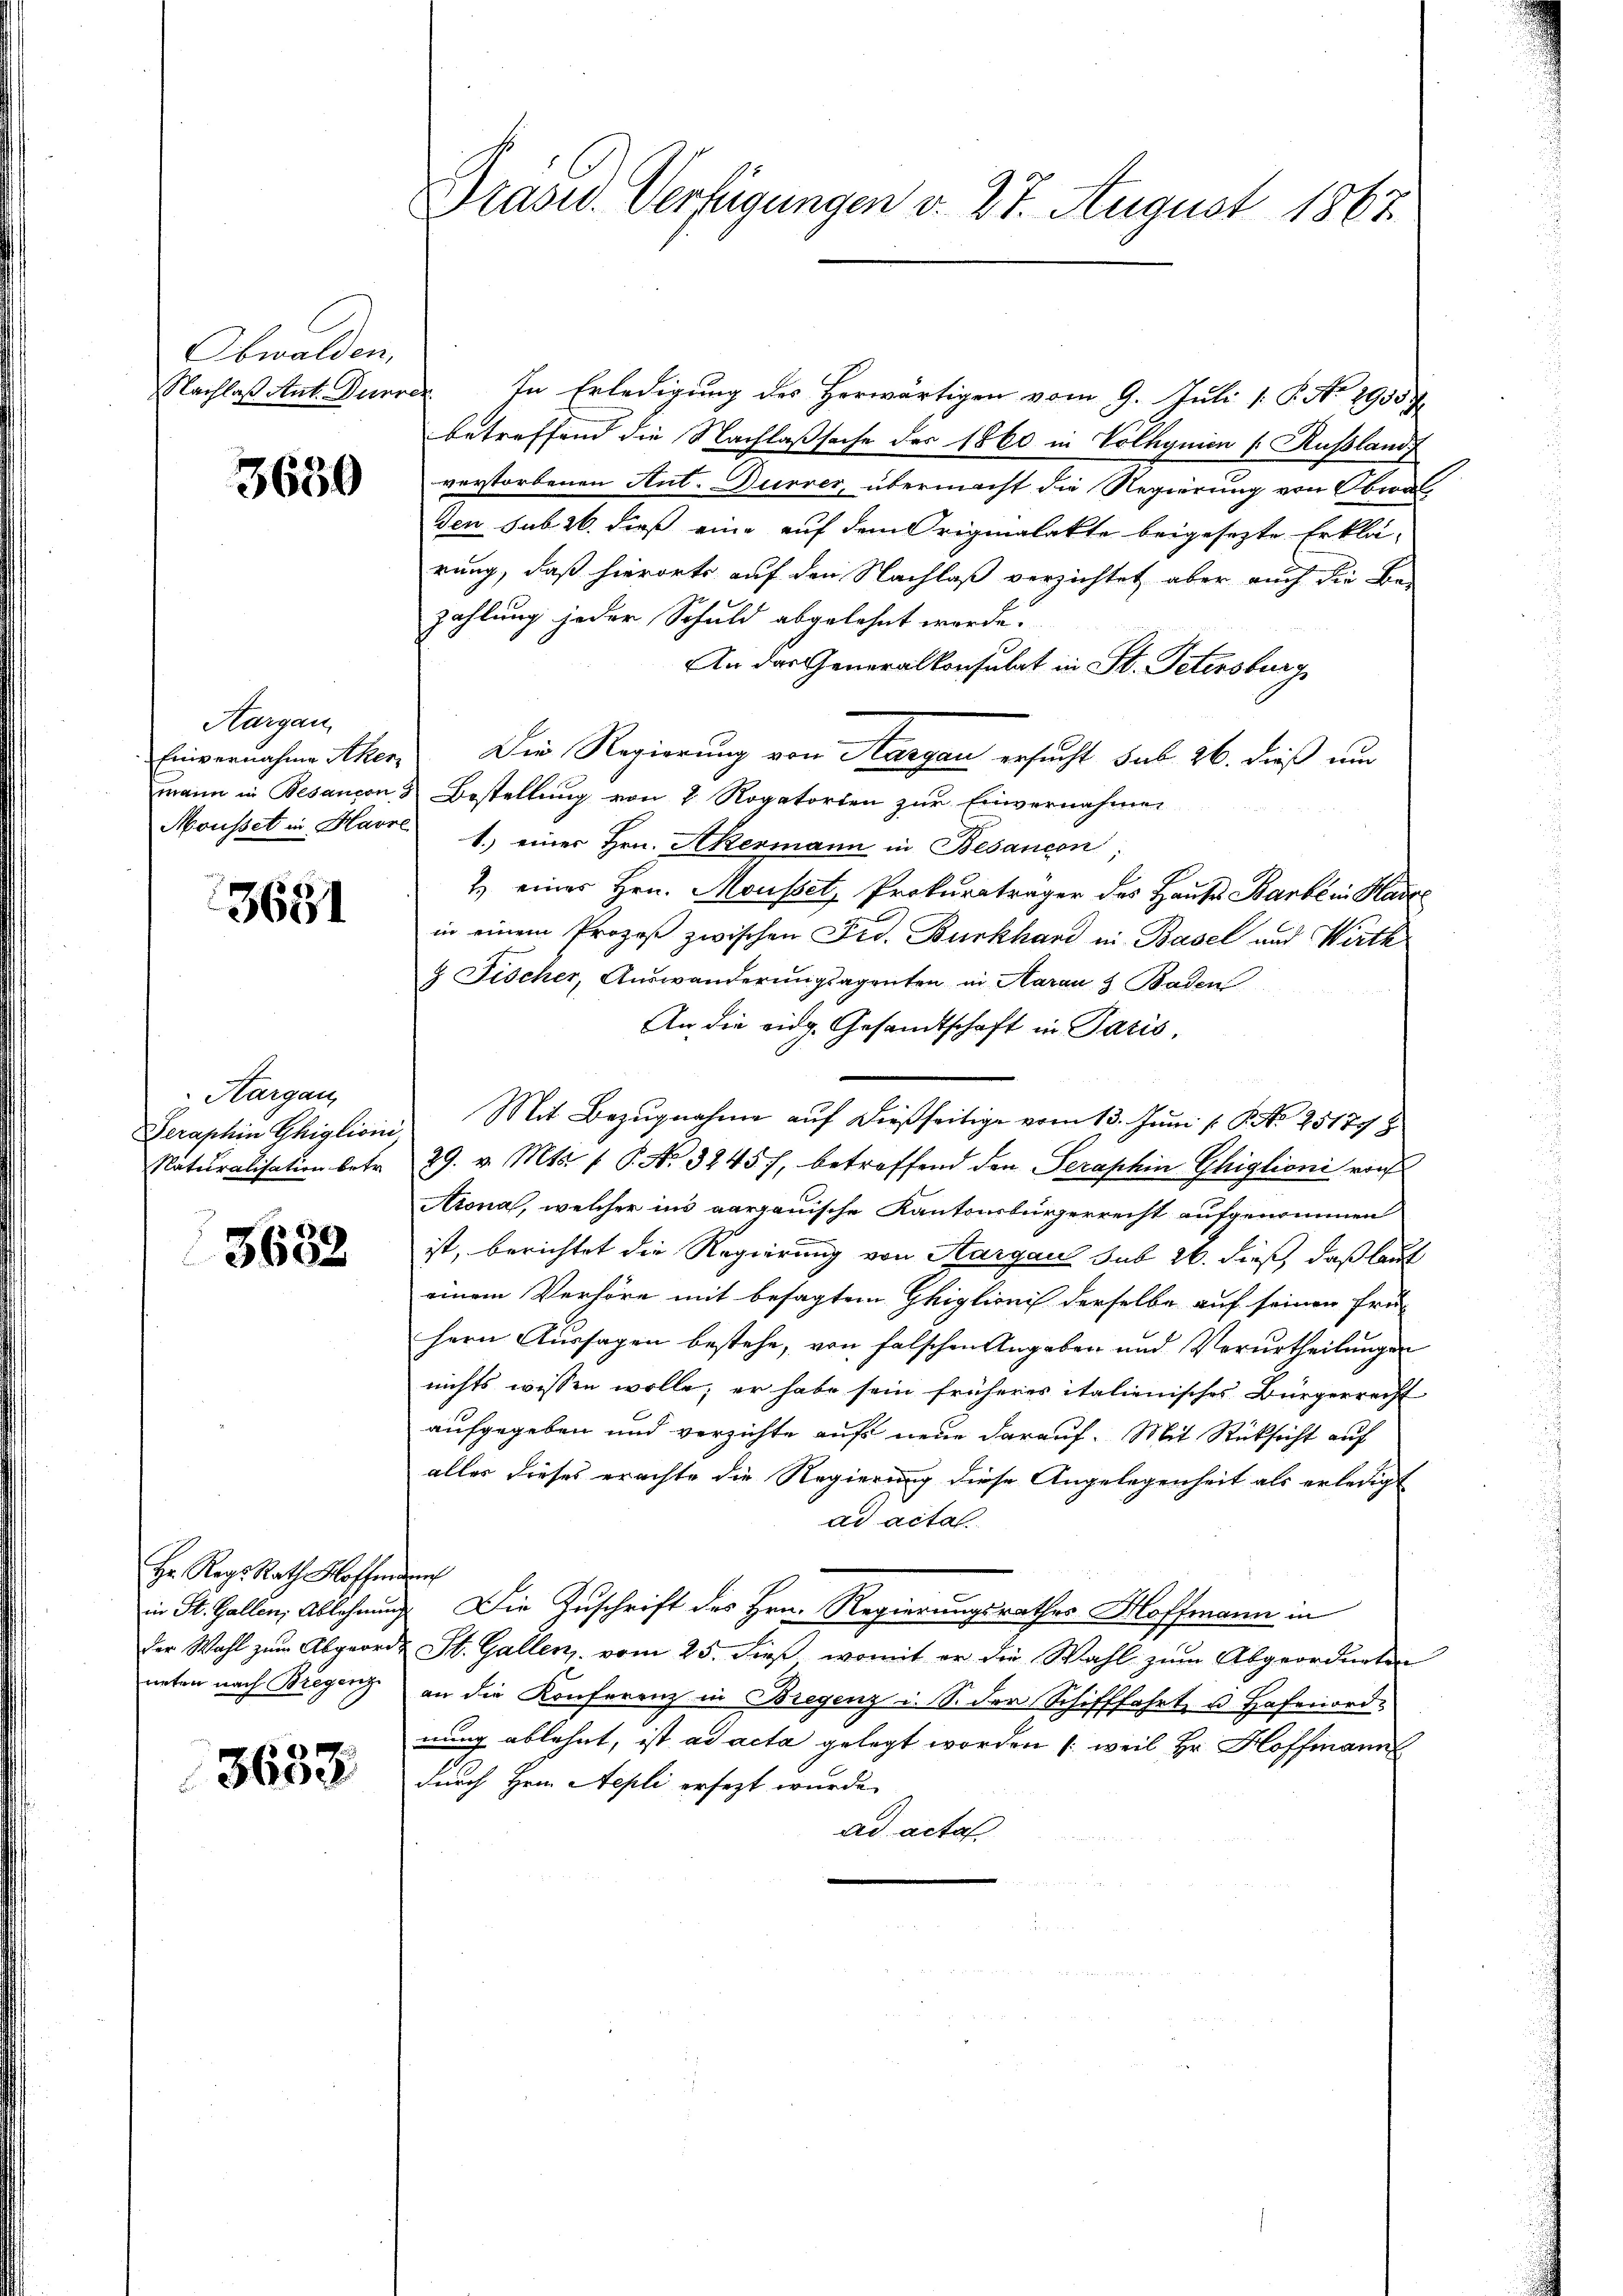
Obwalden,

3650

Hargau,
Einvernahme Aner
mann in Besançon

3681

Hargau,
Seraphen Ghiglioni
Naturalisation betr.

3682

Hr. Rags Rath Koffen
in St. Gallen, Ablehnung
der Wahl zum Abgeordneten nach Bregenz

3653

Brasw. Verfügungen v. 27. August 1867.

Nachlaß Ant. Durrer In Erledigung des Herwärtigen vom 9. Juli 1 S. No 1903 J.
betreffend die Nachlaßsache der 1860 in Volhynien s. Rußland,
verstorbenen Ant. Durrer, übermacht die Regierung von Obwalven sub 26. dieß eine auf dem Originalakte beigesezte Erklärung, daß hierorts auf den Nachlaß verzichtet, aber auch die Bezahlung jeder Schuld abgelehnt werde.
An das Generalkonsulat in St. Petersburg
Die Regierung von Aargau ersucht sub 26. dieß um
Bestellung von 2 Rogatorten zur Einvernahmen
Mousset in Havre 1.) einer Hrn. Akermann in Besancon
2. eines Hrn. Mousset, Prokuraträger des Hause Barbe in Hase
in einem Prozeß zwischen Fed. Burkhard in Basel und Wirth
& Fischer, Auswanderungsagenten in Aarau & Baden
An die eidg. Gesandtschaft in Paris,
Mit Bezŭgnahme aŭf dießseitige vom 13. Juni l. P. Nr. 25179
29. v. Mts. 1 P. Nr. 32457, betreffend den Serashin Ghiglioni von
Arona, welcher ins aargauische Kantonsbürgerrecht aufgenommen
ist, berichtet die Regierung von Aargaus sub 26. dieß, daß lauf
einem Verhöre mit besagtem Ghiglionis derselbe auf seinen frühern Aussagen bestehe, von falschen Angeben und Verurtheilungen
nichts wissen wolle; er habe sein früheres italienisches Bürgerrecht
aufgegeben und verzichte auf neue darauf. Mit Rücksicht auf
alles dieses erachte die Regierung diese Angelegenheit als erledigt
ad acta.
wec
Die Zuschrift des Hrn. Regierungsrathes Hoffmann in
St. Gallen, vom 25. dieß, womit er die Wahl zŭm Abgeordneten
an die Konferenz in Bregenz u. S. der Schifffahrt u. Hafenordnung ablehnt, ist ad acta gelegt worden (weil Hr. Hoffmann
durch Hrn. Aepli ersezt wurde.
ad acta